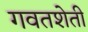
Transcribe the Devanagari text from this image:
गवतशेती